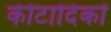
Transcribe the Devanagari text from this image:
कीटादिकों